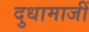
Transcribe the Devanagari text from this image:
दुधामाजीं